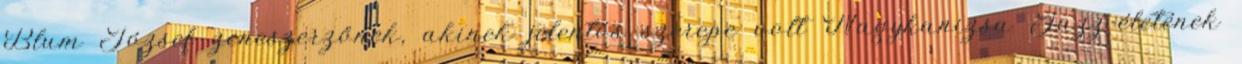
Blum József zeneszerzőnek, akinek jelentős szerepe volt Nagykanizsa Jazz-életének